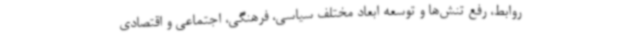
روابط، رفع تنش‌ها و توسعه ابعاد مختلف سیاسی، فرهنگی، اجتماعی و اقتصادی